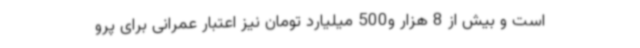
است و بیش از 8 هزار و500 میلیارد تومان نیز اعتبار عمرانی برای پرو